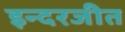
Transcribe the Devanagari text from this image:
इन्दरजीत